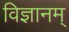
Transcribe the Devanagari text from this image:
विज्ञानम्